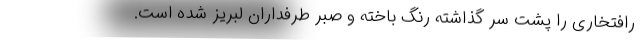
رافتخاری را پشت سر گذاشته رنگ باخته و صبر طرفداران لبریز شده است.